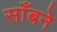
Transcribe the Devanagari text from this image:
साँबने